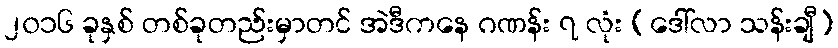
၂၀၁၆ ခုနှစ် တစ်ခုတည်းမှာတင် အဲဒီကနေ ဂဏန်း ၇ လုံး (ဒေါ်လာ သန်းချီ)